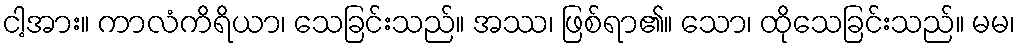
ငါ့အား။ ကာလံကိရိယာ၊ သေခြင်းသည်။ အဿ၊ ဖြစ်ရာ၏။ သော၊ ထိုသေခြင်းသည်။ မမ၊